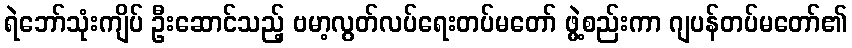
ရဲဘော်သုံးကျိပ် ဦးဆောင်သည့် ဗမာ့လွတ်လပ်ရေးတပ်မတော် ဖွဲ့စည်းကာ ဂျပန်တပ်မတော်၏